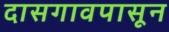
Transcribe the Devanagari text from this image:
दासगावपासून